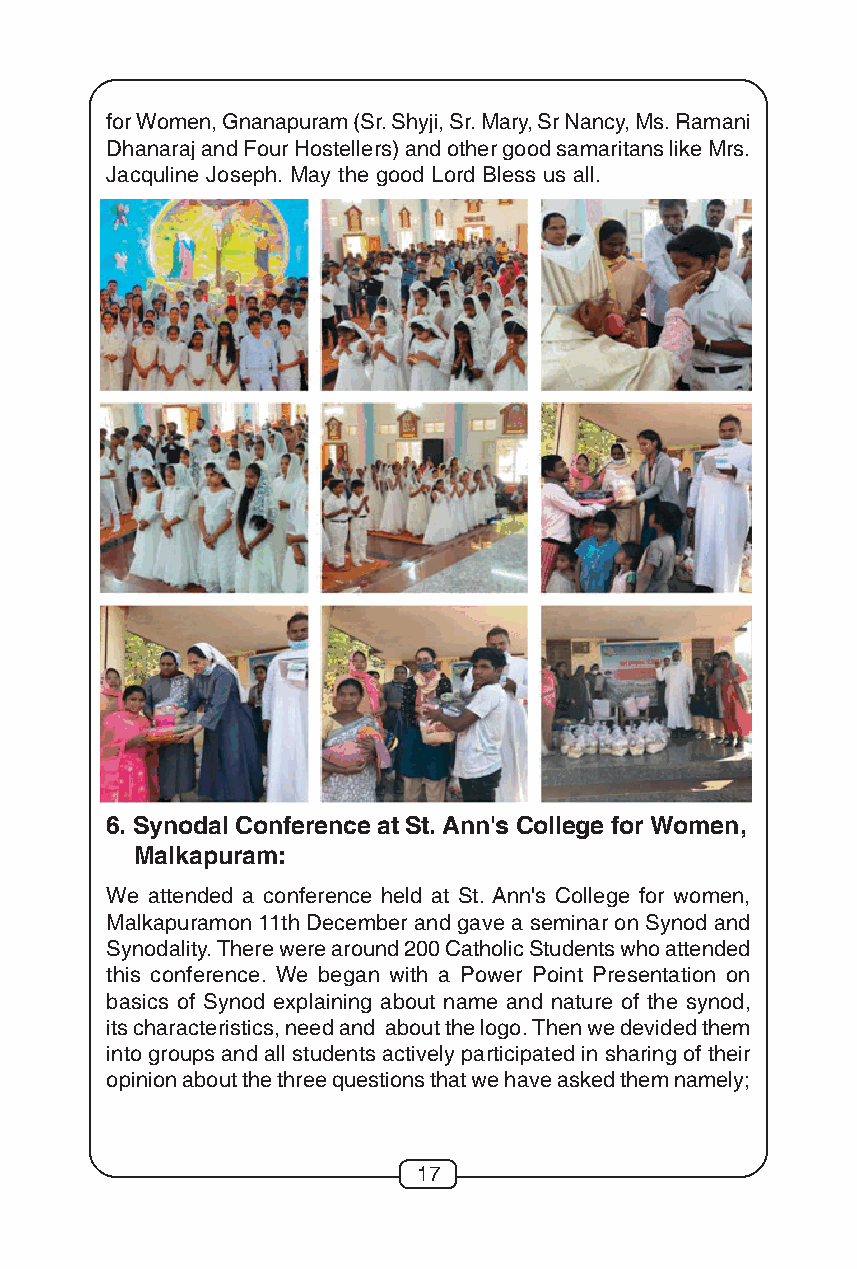
for Women, Gnanapuram (Sr. Shyji, Sr. Mary, Sr Nancy, Ms. Ramani
 Dhanaraj and Four Hostellers) and other good samaritans like Mrs.
 Jacquline Joseph. May the good Lord Bless us all.
 6. Synodal Conference at St. Ann's College for Women,
 Malkapuram:
 We attended a conference held at St. Ann's College for women,
 Malkapuramon 11th December and gave a seminar on Synod and
 Synodality. There were around 200 Catholic Students who attended
 this conference. We began with a Power Point Presentation on
 basics of Synod explaining about name and nature of the synod,
 its characteristics, need and about the logo. Then we devided them
 into groups and all students actively participated in sharing of their
 opinion about the three questions that we have asked them namely;
 17